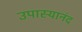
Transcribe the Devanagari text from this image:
उपास्यानंद